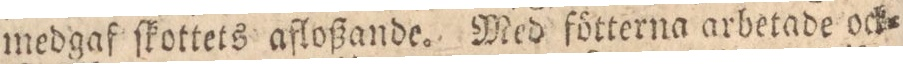
medgaf ſkottets afloßande. Med fötterna arbetade ock=